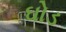
ઘોડ